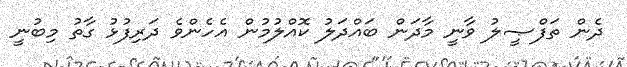
ދެން ތަފްޞީލު ވާނީ މާދަން ބައްދަލު ކޮއްލުމުން އެހެންވެ ދަރިފުޅު ގާތު މިބުނީ